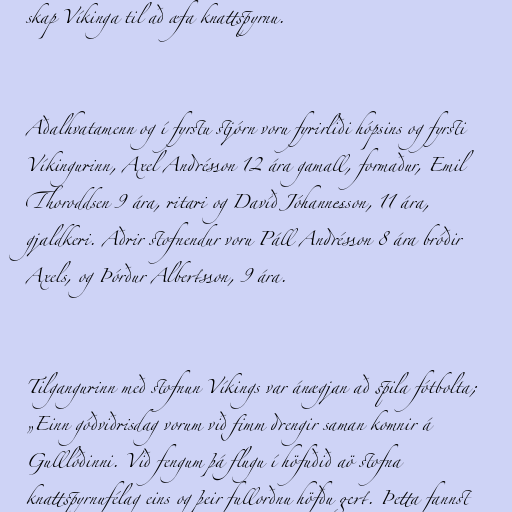
skap Víkinga til að æfa knattspyrnu.

Aðalhvatamenn og í fyrstu stjórn voru fyrirliði hópsins og fyrsti
Víkingurinn, Axel Andrésson 12 ára gamall, formaður, Emil
Thoroddsen 9 ára, ritari og Davíð Jóhannesson, 11 ára,
gjaldkeri. Aðrir stofnendur voru Páll Andrésson 8 ára bróðir
Axels, og Þórður Albertsson, 9 ára.

Tilgangurinn með stofnun Víkings var ánægjan að spila fótbolta;
„Einn góðviðrisdag vorum við fimm drengir saman komnir á
Gulllóðinni. Við fengum þá flugu í höfuðið aö stofna
knattspyrnufélag eins og þeir fullorðnu höfðu gert. Þetta fannst